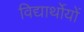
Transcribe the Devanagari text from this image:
विद्यार्थोयों